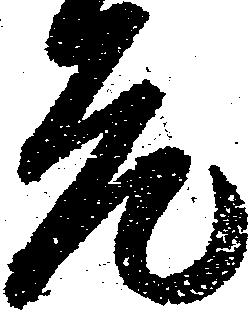
元